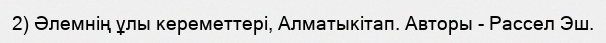
2) Әлемнің ұлы кереметтері, Алматыкітап. Авторы - Рассел Эш.